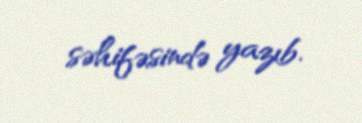
səhifəsində yazıb.